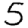
Digit: 5